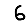
Digit: 6